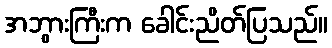
အဘွားကြီးက ခေါင်းညိတ်ပြသည်။